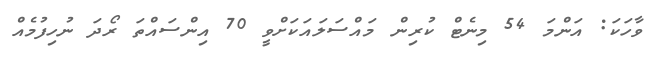
ވާހަކަ: އަންމަ 54 މިނެޓް ކުރިން މައްސަލައަކަށްވީ 70 އިންސައްތަ ރޯދަ ނުހިފުމެއް